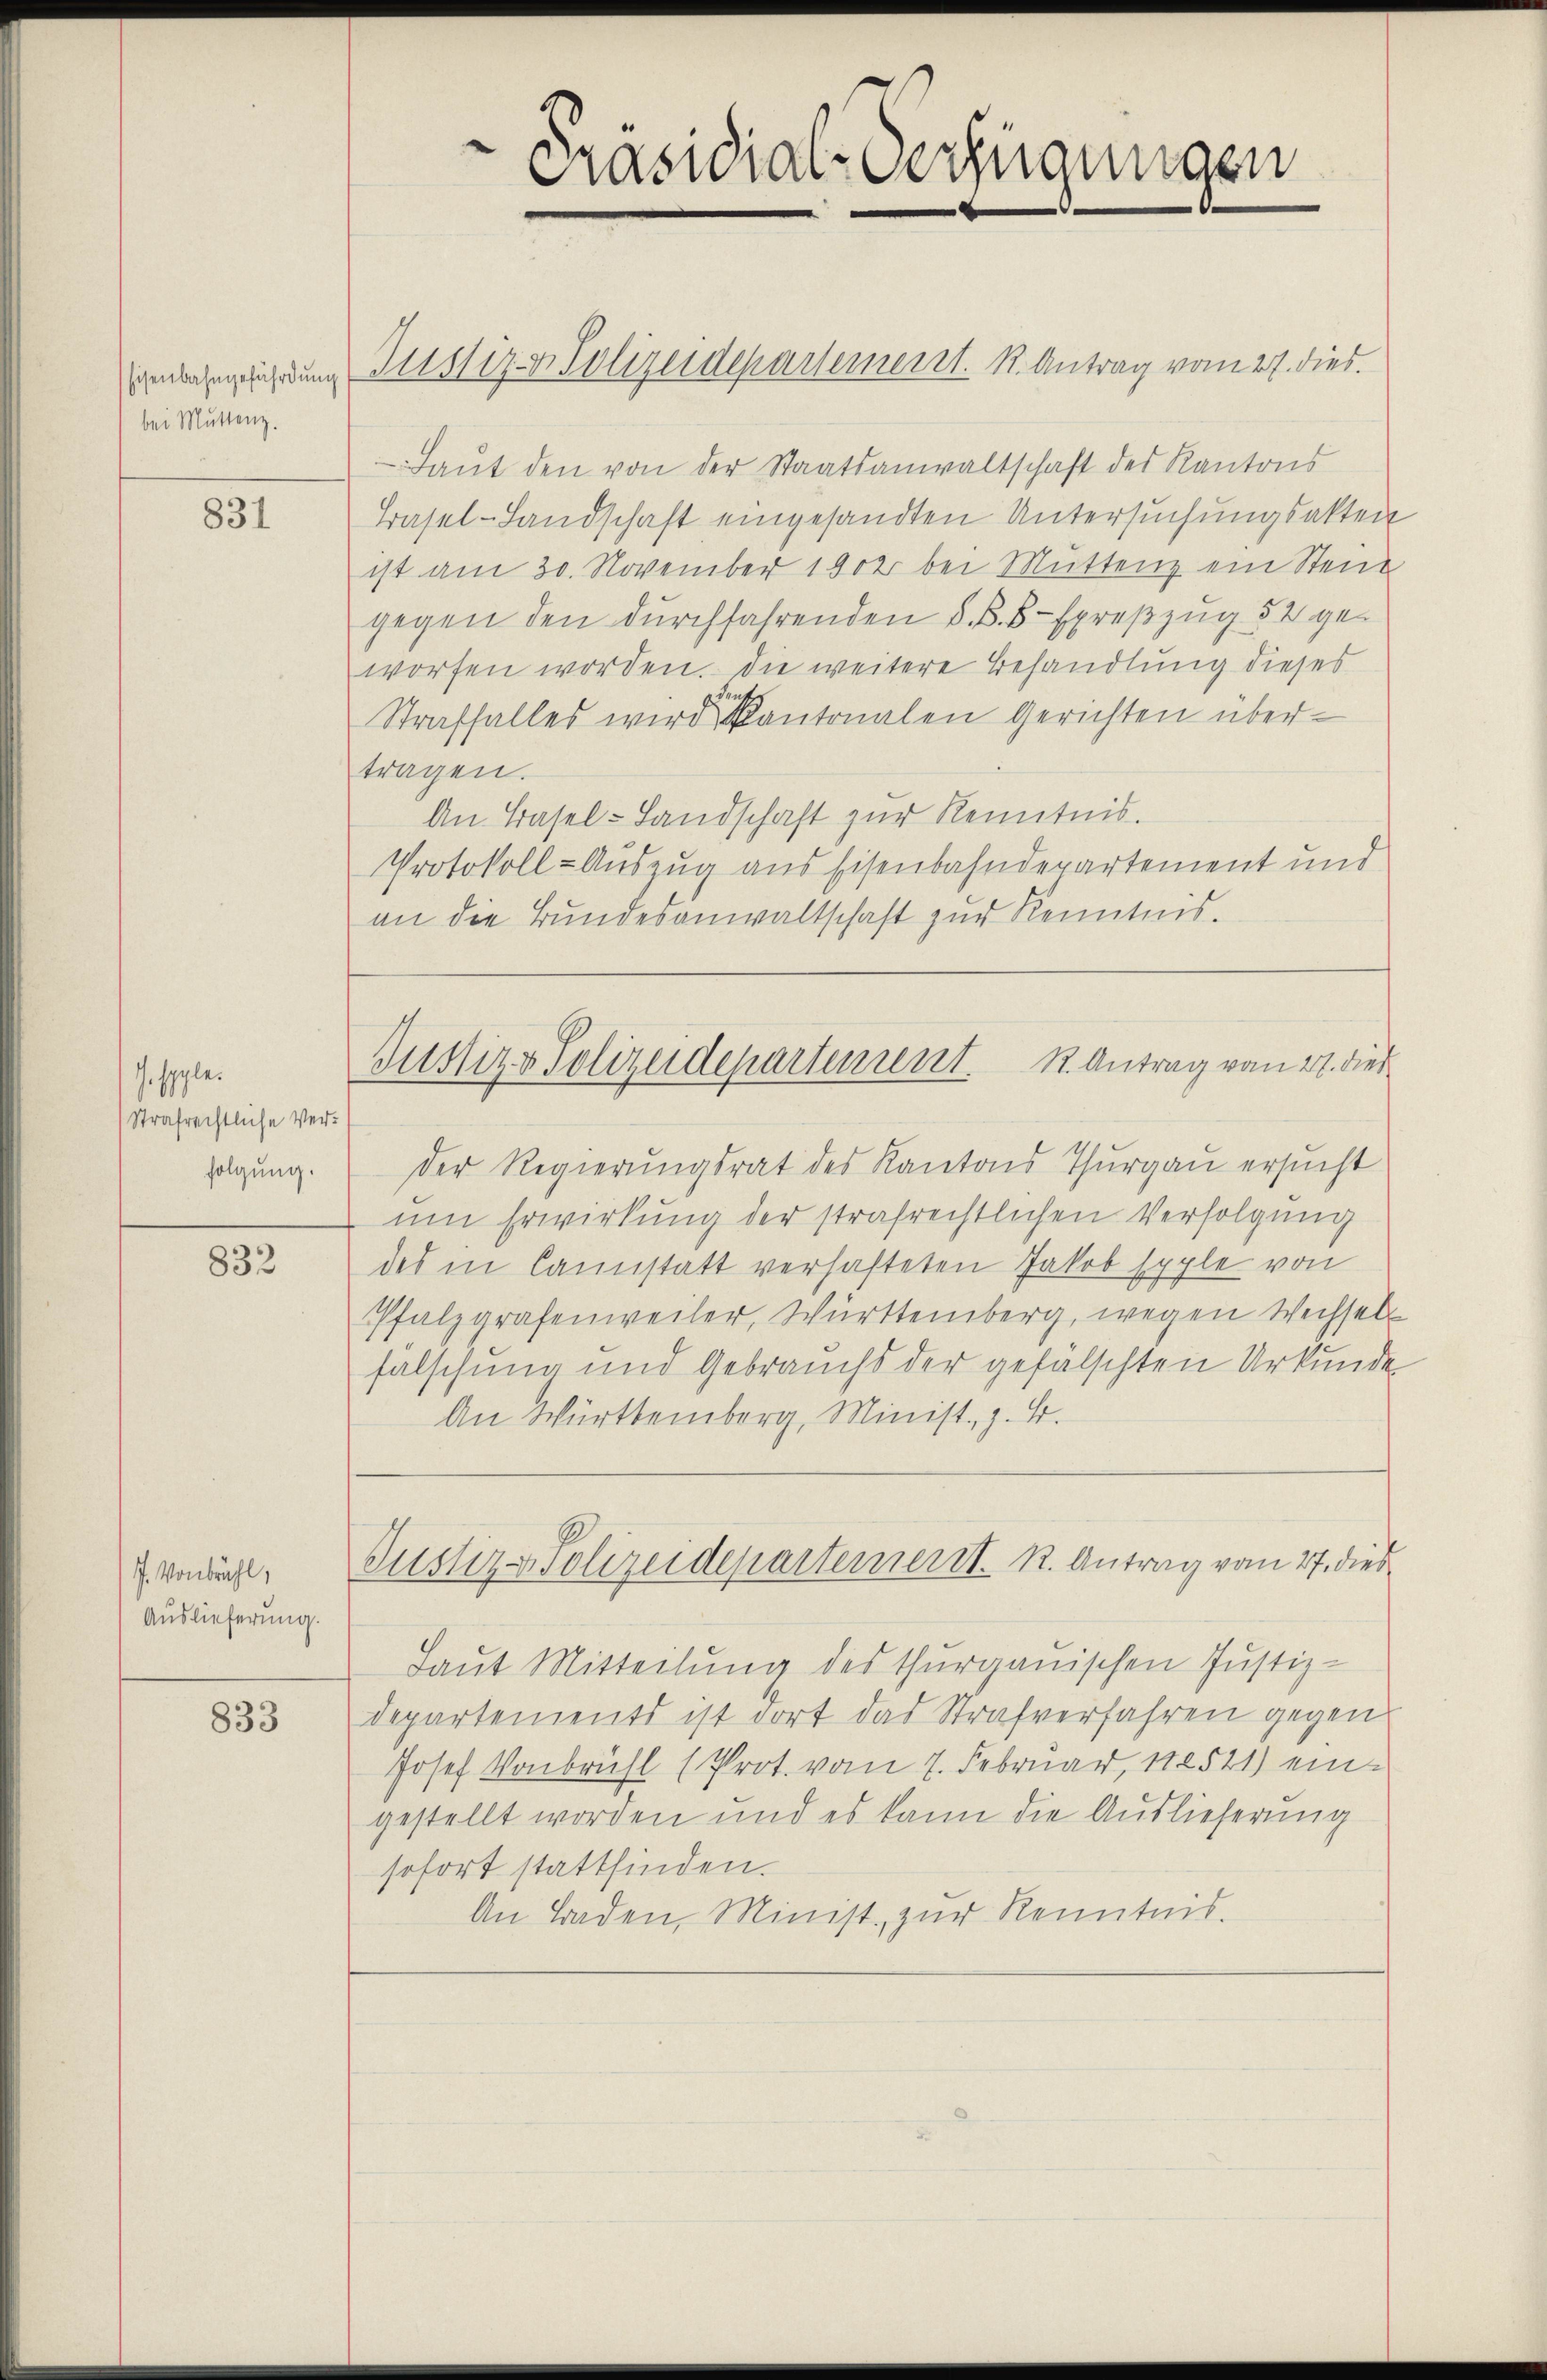
bei Muttenz.

831

J. seele.
Strafrechtliche Verfolgung.

832

7. Vonbühl,
Auslieferung.

833

Präsidial-Verfügungen

nbezeichung II 117 v. Polizeidepartement. K. Antrag vom 27. dies.
Laŭt den von der Staatsanwaltschaft des Kantons
Basel-Landschaft eingesandten Untersuchungsakten
ist am 30. November 1902 bei Müttenz ein Steue
gegen den durchfahrenden d. B. B Epreßzug 52 geworfen worden. Die weitere Behandlung dieses
Straffalles wird kantonalen Gerichten übertragen.
An Basel-Landschaft zur Kenntnis.
Protokoll-Auszug aus Eisenbahndepartement und
an die Bundesanwaltschaft zur Kenntnis.

Justiz & Polizeidepartement. K. Antrag vom 21. dies

Der Regierungsrat des Kantons Thurgau ersucht
um Erwirkung der strafrechtlichen Verfolgung
des in Cannstatt verhafteten Jakob Epple von
Pfalzgrafenweiler, Württemberg, wegen Wechsels
fälschung und Gebrauchs der gefälschten Urkunde
An Württemberg, Minist, z. B.
Justiz & Polizeidepartement. K. Antrag vom 27. dies
Laut Mitteilung des thurgauischen Justiz-
departements ist dort das Strafverfahren gegen
Josef Vonbrühl (Prot. vom 7. Februar, 188521) eingestellt worden und es kann die Auslieferung
sofort stattfinden.
An Baden, Minist. zur Kenntnis.